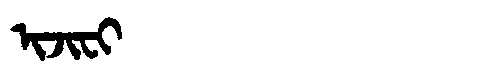
Manchu: ᡳᠵᡳᠸᡳ
Romanization: IJIFI